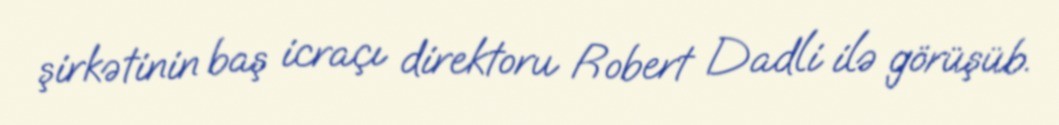
şirkətinin baş icraçı direktoru Robert Dadli ilə görüşüb.